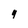
Character: 9